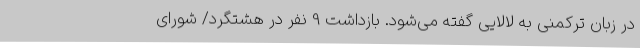
در زبان ترکمنی به لالایی گفته می‌شود. بازداشت 9 نفر در هشتگرد/ شورای